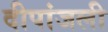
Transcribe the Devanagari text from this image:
दीपांजली